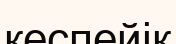
кеспейік